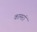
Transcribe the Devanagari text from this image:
कामरां